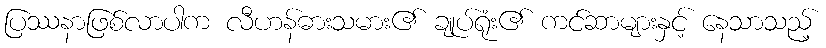
ပြဿနာဖြစ်လာပါက လီဟန်ဓားသမား၏ ချုပ်ရုံး၏ ကင်ဆာများနှင့် နေသာသည့်